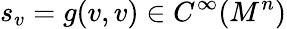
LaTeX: s_{v}=g(v,v)\in C^{\infty}(M^{n})